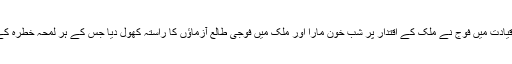
یہ سن 58کے اکتوبر کا ساتواں دن تھا جب جنرل ایوب خان کی قیادت میں فوج نے ملک کے اقتدار پر شب خون مارا اور ملک میں فوجی طالع آزماؤں کا راستہ کھول دیا جس کے ہر لمحہ خطرہ کے خوف سے ملک کے عوام کو اب تک نجات نہیں مل سکی ہے۔